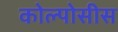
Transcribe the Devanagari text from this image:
कोल्पोसीस